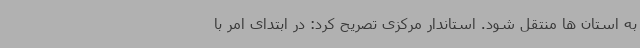
به استان ها منتقل شود. استاندار مرکزی تصریح کرد: در ابتدای امر با